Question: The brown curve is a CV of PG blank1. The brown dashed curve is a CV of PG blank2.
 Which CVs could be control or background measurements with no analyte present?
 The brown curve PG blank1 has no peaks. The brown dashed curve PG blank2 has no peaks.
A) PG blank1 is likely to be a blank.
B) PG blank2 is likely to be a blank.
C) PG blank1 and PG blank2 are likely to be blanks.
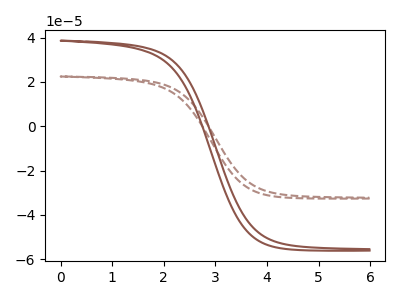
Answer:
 <answer>C) "PG blank1" and "PG blank2" are likely to be blanks.</answer>
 <eval>C</eval>